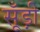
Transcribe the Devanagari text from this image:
सूँड़ी